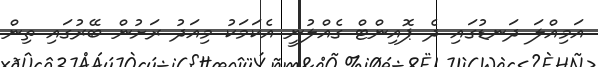
އަމިއްލަ ދަނޑުގައި ދެ ޕޮއިންޓް ގެއްލުނީ އެކަމަކު މިއަދު ރަށުން ބޭރުގައި ތިން